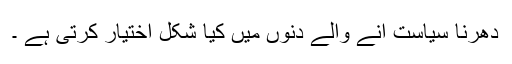
دھرنا سیاست آنے والے دنوں میں کیا شکل اختیار کرتی ہے ۔